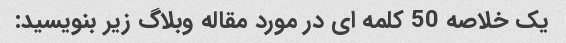
یک خلاصه 50 کلمه ای در مورد مقاله وبلاگ زیر بنویسید: